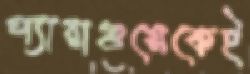
প্যারাগুয়েকেই